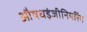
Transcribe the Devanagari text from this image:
औषधइंजीनियरिंग